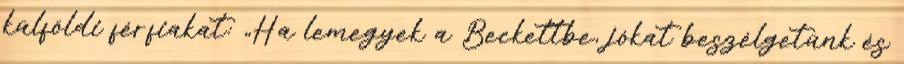
külföldi férfiakat: „Ha lemegyek a Beckettbe, jókat beszélgetünk és